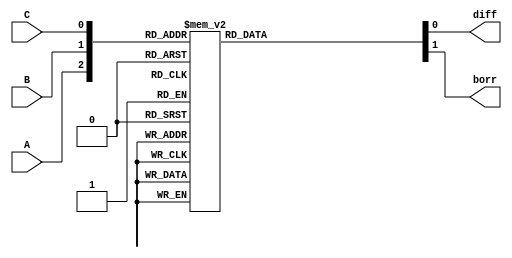
// This program was cloned from: https://github.com/aryanmahawar205/ModelSim-IntelFPGA
// License: GNU General Public License v3.0

//behavioural modelling for Full Subtractor

module exp_beh(diff, borr, A, B, C);
input A, B, C; output diff, borr;
reg diff, borr;
always @ (A or B or C)
begin
case ({A, B, C})
3'b000 : begin diff = 0; borr = 0; end
3'b001 : begin diff = 1; borr = 1; end
3'b010 : begin diff = 1; borr = 1; end
3'b011 : begin diff = 0; borr = 1; end
3'b100 : begin diff = 1; borr = 0; end
3'b101 : begin diff = 0; borr = 0; end
3'b110 : begin diff = 0; borr = 0; end
3'b111 : begin diff = 1; borr = 1; end
endcase
end
endmodule